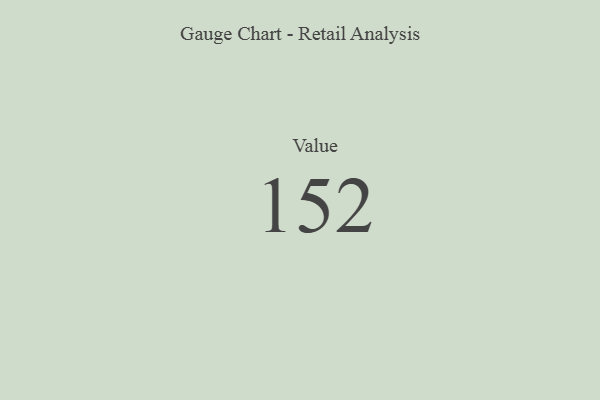
{"axis": {"x": "Metric", "y": "Value"}, "legend": [""], "data": [{"x": "Value", "y": 152, "type": ""}]}